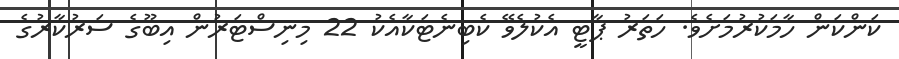
ކަންކަން ހާމަކުރުމަށެވެ. ހަތަރު ޕާޓީ އެކުލެވޭ ކެބިނެޓަކާއެކު 22 މިނިސްޓަރުން އިބޫގެ ސަރުކާރުގެ